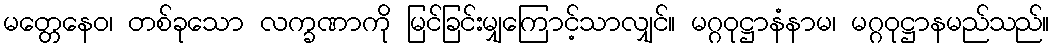
မတ္တေနေဝ၊ တစ်ခုသော လက္ခဏာကို မြင်ခြင်းမျှကြောင့်သာလျှင်။ မဂ္ဂဝုဋ္ဌာနံနာမ၊ မဂ္ဂဝုဋ္ဌာနမည်သည်။